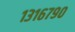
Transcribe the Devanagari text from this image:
१३१६७९०